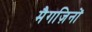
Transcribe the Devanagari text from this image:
मैगज़िनों